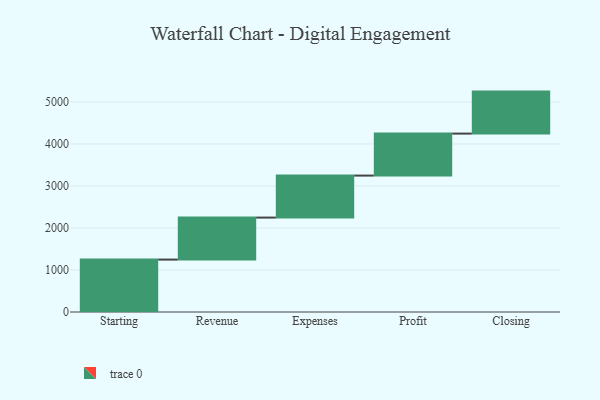
{"axis": {"x": "Step", "y": "Value"}, "legend": [""], "data": [{"x": "Starting", "y": 1248.0, "type": ""}, {"x": "Revenue", "y": 1000, "type": ""}, {"x": "Expenses", "y": 1000, "type": ""}, {"x": "Profit", "y": 1000, "type": ""}, {"x": "Closing", "y": 1000, "type": ""}]}